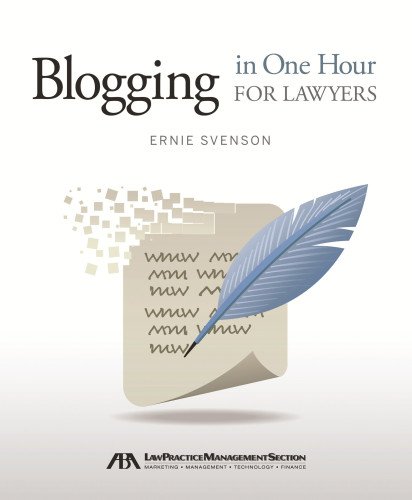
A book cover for Blogging in One Hour for Lawyers; Ernie Svenson; Computers & Technology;